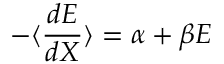
- \langle { \frac { d E } { d X } } \rangle = \alpha + \beta E